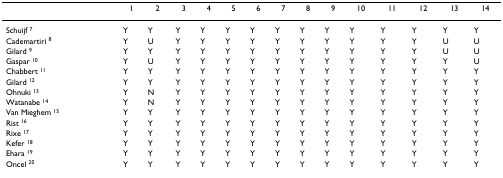
<table><thead><tr><td></td><td><b>1</b></td><td><b>2</b></td><td><b>3</b></td><td><b>4</b></td><td><b>5</b></td><td><b>6</b></td><td><b>7</b></td><td><b>8</b></td><td><b>9</b></td><td><b>10</b></td><td><b>11</b></td><td><b>12</b></td><td><b>13</b></td><td><b>14</b></td></tr></thead><tbody><tr><td>Schuijf <sup>7</sup></td><td>Y</td><td>Y</td><td>Y</td><td>Y</td><td>Y</td><td>Y</td><td>Y</td><td>Y</td><td>Y</td><td>Y</td><td>Y</td><td>Y</td><td>Y</td><td>Y</td></tr><tr><td>Cademartiri <sup>8</sup></td><td>Y</td><td>U</td><td>Y</td><td>Y</td><td>Y</td><td>Y</td><td>Y</td><td>Y</td><td>Y</td><td>Y</td><td>Y</td><td>Y</td><td>U</td><td>U</td></tr><tr><td>Gilard <sup>9</sup></td><td>Y</td><td>Y</td><td>Y</td><td>Y</td><td>Y</td><td>Y</td><td>Y</td><td>Y</td><td>Y</td><td>Y</td><td>Y</td><td>Y</td><td>U</td><td>U</td></tr><tr><td>Gaspar <sup>10</sup></td><td>Y</td><td>U</td><td>Y</td><td>Y</td><td>Y</td><td>Y</td><td>Y</td><td>Y</td><td>Y</td><td>Y</td><td>Y</td><td>Y</td><td>Y</td><td>U</td></tr><tr><td>Chabbert <sup>11</sup></td><td>Y</td><td>Y</td><td>Y</td><td>Y</td><td>Y</td><td>Y</td><td>Y</td><td>Y</td><td>Y</td><td>Y</td><td>Y</td><td>Y</td><td>Y</td><td>Y</td></tr><tr><td>Gilard <sup>12</sup></td><td>Y</td><td>Y</td><td>Y</td><td>Y</td><td>Y</td><td>Y</td><td>Y</td><td>Y</td><td>Y</td><td>Y</td><td>Y</td><td>Y</td><td>Y</td><td>Y</td></tr><tr><td>Ohnuki <sup>13</sup></td><td>Y</td><td>N</td><td>Y</td><td>Y</td><td>Y</td><td>Y</td><td>Y</td><td>Y</td><td>Y</td><td>Y</td><td>Y</td><td>Y</td><td>Y</td><td>Y</td></tr><tr><td>Watanabe <sup>14</sup></td><td>Y</td><td>N</td><td>Y</td><td>Y</td><td>Y</td><td>Y</td><td>Y</td><td>Y</td><td>Y</td><td>Y</td><td>Y</td><td>Y</td><td>Y</td><td>Y</td></tr><tr><td>Van Mieghem <sup>15</sup></td><td>Y</td><td>Y</td><td>Y</td><td>Y</td><td>Y</td><td>Y</td><td>Y</td><td>Y</td><td>Y</td><td>Y</td><td>Y</td><td>Y</td><td>Y</td><td>Y</td></tr><tr><td>Rist <sup>16</sup></td><td>Y</td><td>Y</td><td>Y</td><td>Y</td><td>Y</td><td>Y</td><td>Y</td><td>Y</td><td>Y</td><td>Y</td><td>Y</td><td>Y</td><td>Y</td><td>Y</td></tr><tr><td>Rixe <sup>17</sup></td><td>Y</td><td>Y</td><td>Y</td><td>Y</td><td>Y</td><td>Y</td><td>Y</td><td>Y</td><td>Y</td><td>Y</td><td>Y</td><td>Y</td><td>Y</td><td>Y</td></tr><tr><td>Kefer <sup>18</sup></td><td>Y</td><td>Y</td><td>Y</td><td>Y</td><td>Y</td><td>Y</td><td>Y</td><td>Y</td><td>Y</td><td>Y</td><td>Y</td><td>Y</td><td>Y</td><td>Y</td></tr><tr><td>Ehara <sup>19</sup></td><td>Y</td><td>Y</td><td>Y</td><td>Y</td><td>Y</td><td>Y</td><td>Y</td><td>Y</td><td>Y</td><td>Y</td><td>Y</td><td>Y</td><td>Y</td><td>Y</td></tr><tr><td>Oncel <sup>20</sup></td><td>Y</td><td>Y</td><td>Y</td><td>Y</td><td>Y</td><td>Y</td><td>Y</td><td>Y</td><td>Y</td><td>Y</td><td>Y</td><td>Y</td><td>Y</td><td>Y</td></tr></tbody></table>